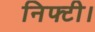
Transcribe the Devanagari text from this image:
निफ्टी।